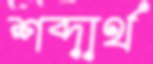
শব্দার্থ